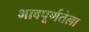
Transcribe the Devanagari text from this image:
भावपूर्णतेला